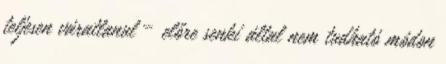
teljesen váratlanul – előre senki által nem tudható módon